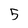
Character: 5